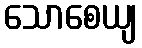
သောစေယျ